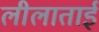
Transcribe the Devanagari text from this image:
लीलाताईं